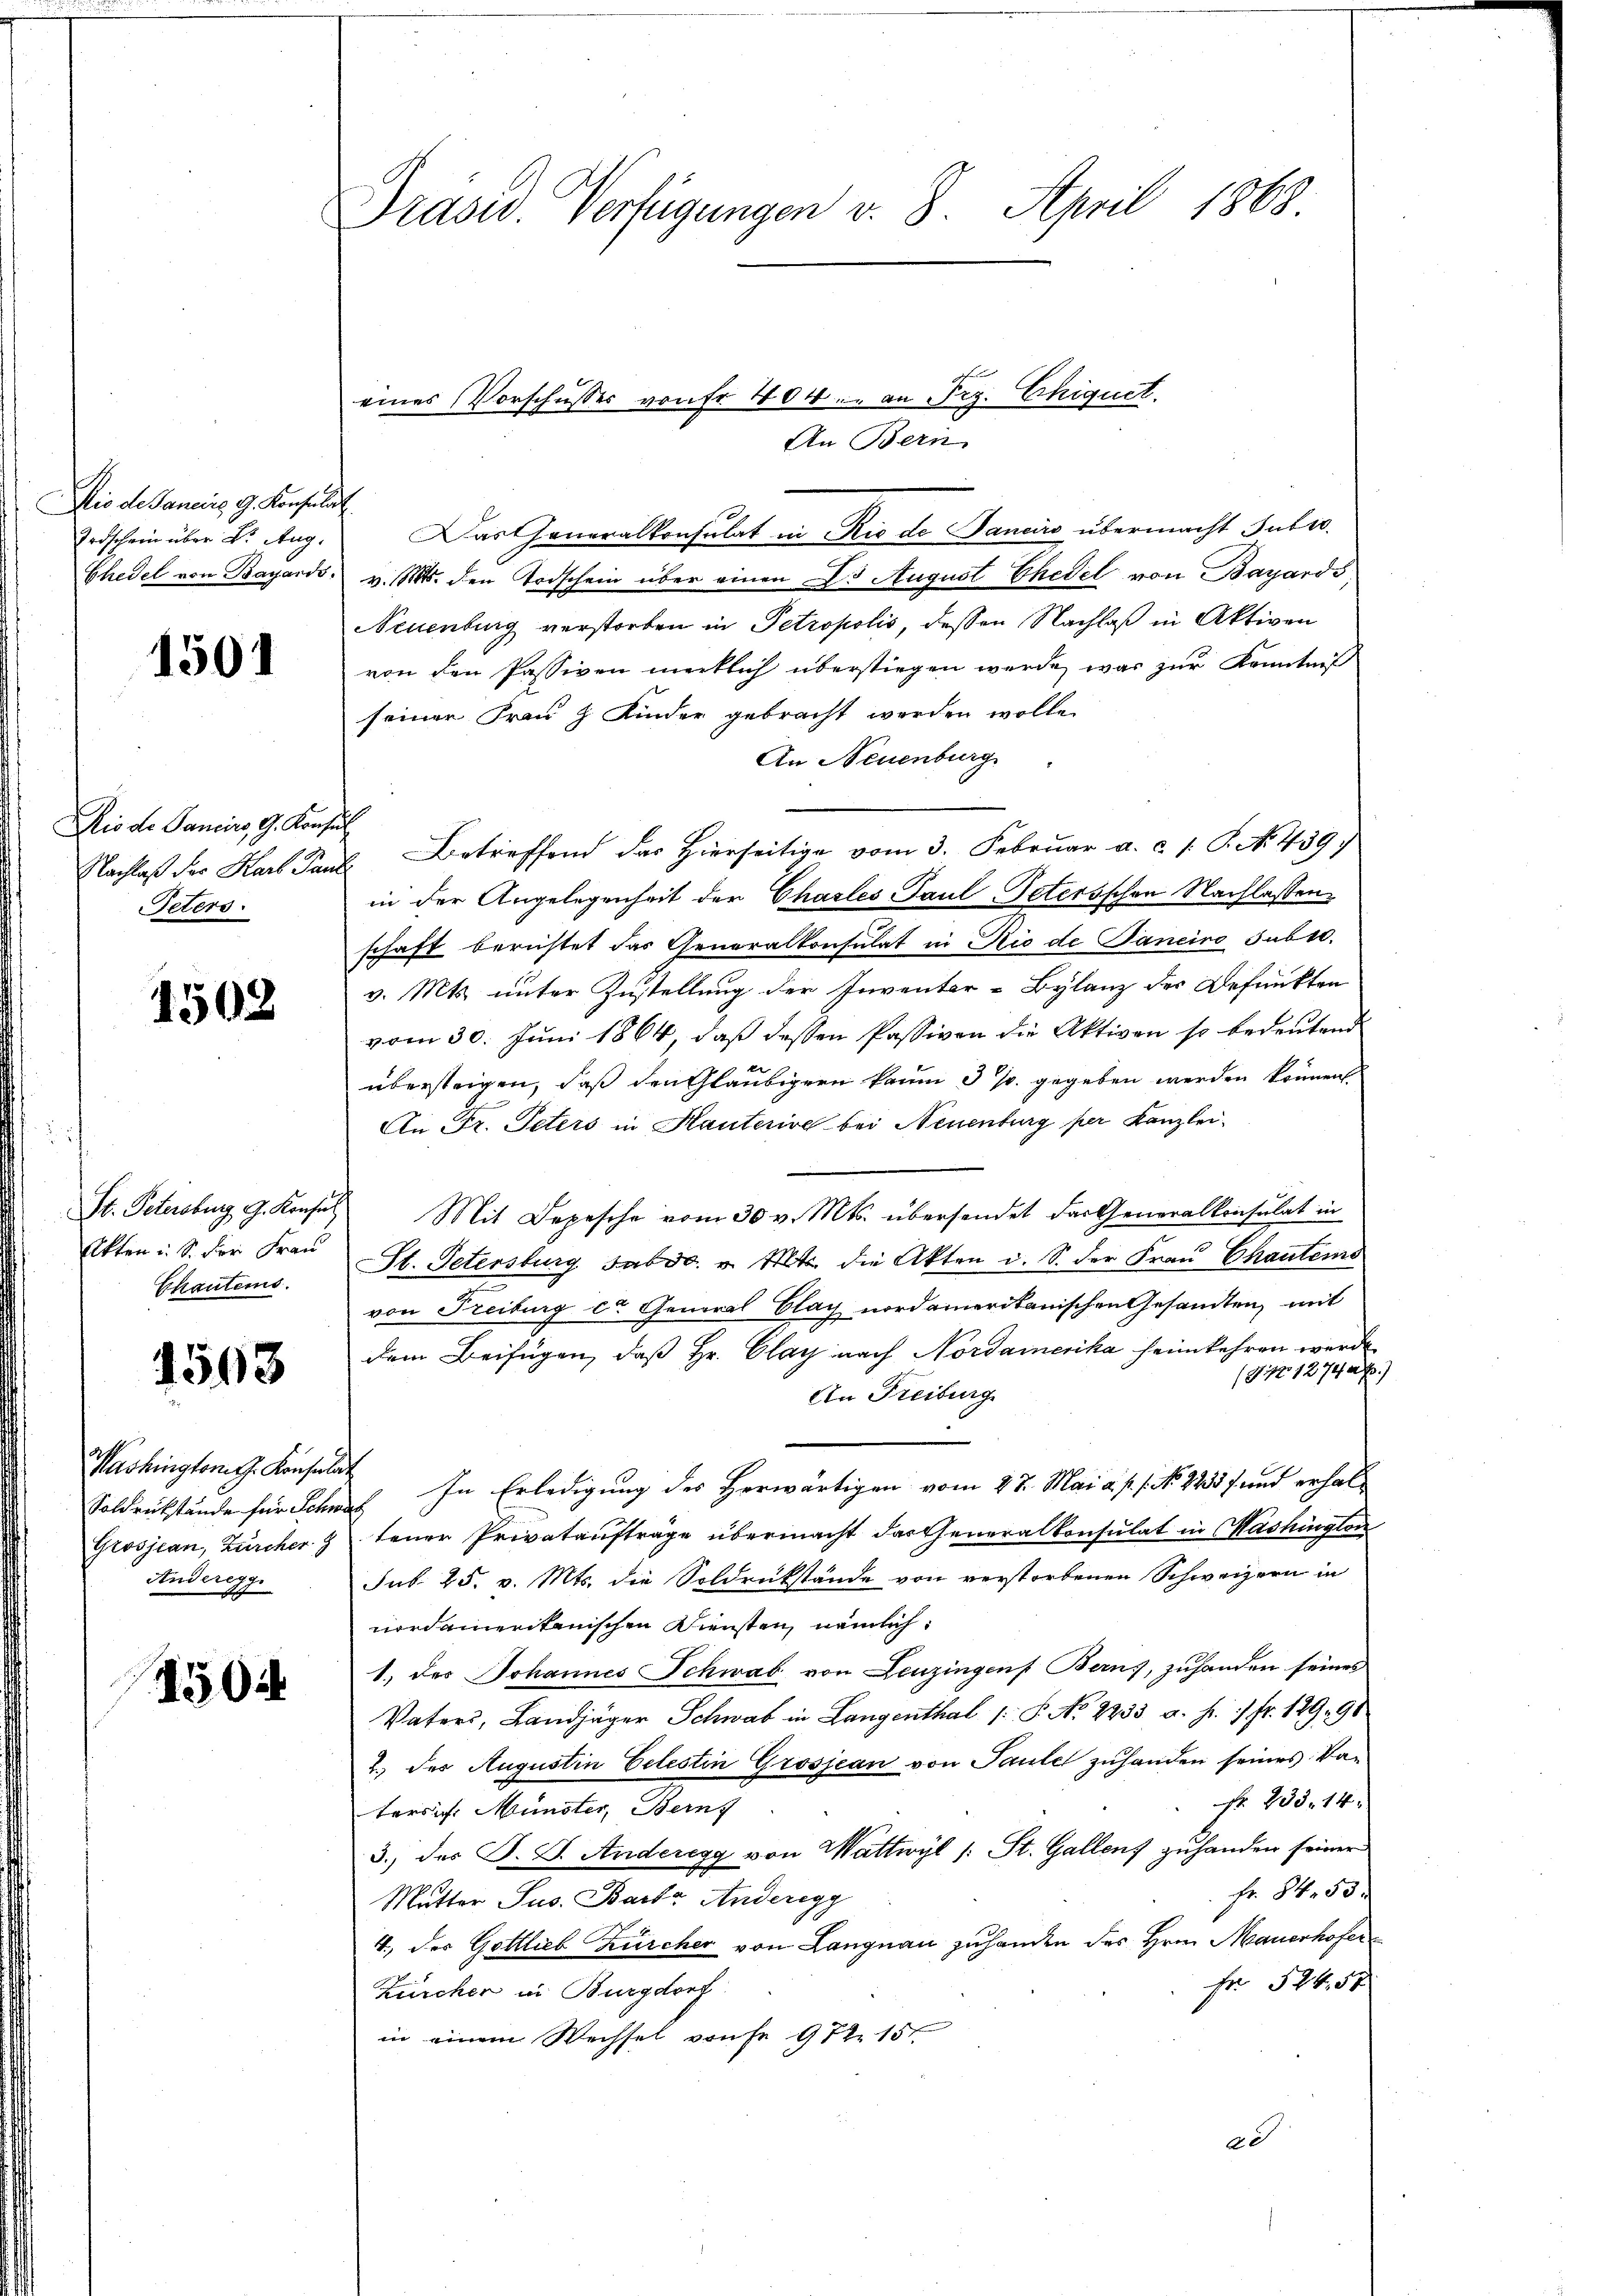
Dio de Janeiro G. Konsulat
Todschein über Dr. Aug.
Ehedel von Bayards.

1501

Dis de Pancirs, G. Konsin
Nachlaß der Karl Paul
Peters.

1502

St. Petersburg, G. Konsul
Akten u. S. der Frau
Chautens.

1563

Washington J. Konsula
Soldrükstände für Schw
Grosjean, Zürcher 9
Anderegg.

450

Drase Verfügungen v. 8. April 1868

Das Generalkonsulat in Rio de Janeiro übermacht Subro
v. 15. den Todschein über einen Dr. August Ehedel von Bayards
Neuenburg verstorben in Petropolis, dessen Nachlaß in Aktiven
von den Passiven merklich überstiegen werde, was zur Kenntniß
seiner Frau & Kinder gebracht werden wolle.
An Neuenburg
 Betreffend des Hierseitige vom 3. Februar a. c. /: P. N. 439.
in der Angelegenheit der Chasles Paul-Petersschen Nachlassenschaft berichtet das Generalkonsulat in Rio de Janeiro sub 10.
v. Mts. unter Zustellung der Inventer-Bylanz der Befunkten
vom 30. Juni 1864, daß dessen Passiven die Aktiven so bedeutend
übersteigen, daß den Gläubigern kaum 3 % gegeben werden können
An Fr. Peters in Kauterive bei Neuenburg per Kanzlei
Mit Depesche vom 30 v. Mts. übersendet das Generalkonsulat in
St. Petersburg abso. v. Mts. die Akten d. S. der Frau Chautens
von Freiburg c General Clag nordamerikanischen Gesandten, mit
dem Beifügen, daß Hr. Clay nach Nordamerika heimkehren werde
(917 1274 a
An Freiburg
c
ich In Erledigung des Herwärtigen vom 27. Mai a. p. 1. No. 2233 f. und erhaltener Privatauftrage übermacht das Generalkonsulat in Washington
Sub. 25. v. Mts. die Soldrükstände von verstorbenen Schweizern in
nordamerikanischen Diensten, nämlich:
1.) des Johannes Schwab von Leuzingens Berns, zuhanden seines
Vaters, Landjäger Schwab in Langenthal 1 S. No 2233. a. p. 1 fr. 129. 90
2.) Der Augustin Celestin Grosjean von Tante zuhanden seines Van
Nr. 233. 14.
terrich. Münster, Berns
3.) des F. J. Anderegg von Wattwyl /: St. Gallenz zuhanden seiner
Fr. 84. 53.
Mutter Jus. Barb. Anderegg
4., des Gottlieb Zürcher von Langnau zuhanden des Hrn. Mauerhofer
Fr. 524, 54
Zürcher in Burgdorf.
in einem Wechsel von Fr 972. 157
ad

eines Vorschussers von Fr. 404. an Frz. Chiquet
An Bern.